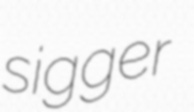
sigger